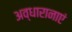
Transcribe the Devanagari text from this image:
अव्धारानाएं